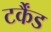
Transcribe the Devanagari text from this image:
टर्कैंड